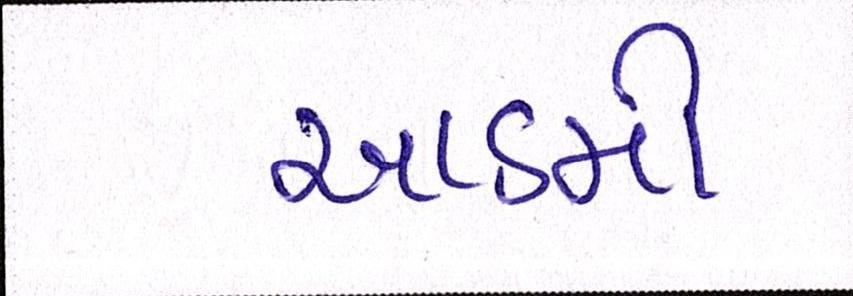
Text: આઠમી